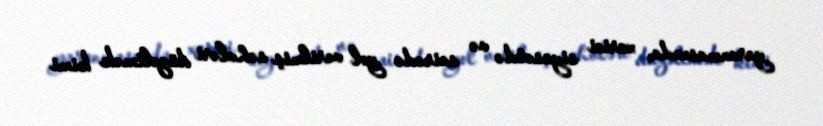
yaranmasında, xarici siyasətdə və sairədə yol verilmiş səhvləri düzəltmək kimi